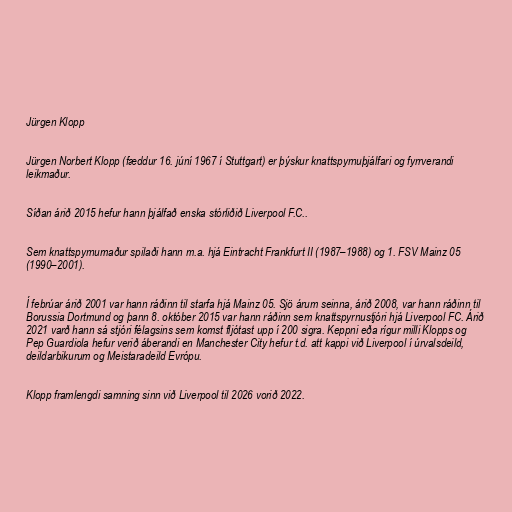
Jürgen Klopp

Jürgen Norbert Klopp (fæddur 16. júní 1967 í Stuttgart) er þýskur knattspyrnuþjálfari og fyrrverandi
leikmaður.

Síðan árið 2015 hefur hann þjálfað enska stórliðið Liverpool F.C..

Sem knattspyrnumaður spilaði hann m.a. hjá Eintracht Frankfurt II (1987–1988) og 1. FSV Mainz 05
(1990–2001).

Í febrúar árið 2001 var hann ráðinn til starfa hjá Mainz 05. Sjö árum seinna, árið 2008, var hann ráðinn til
Borussia Dortmund og þann 8. október 2015 var hann ráðinn sem knattspyrnustjóri hjá Liverpool FC. Árið
2021 varð hann sá stjóri félagsins sem komst fljótast upp í 200 sigra. Keppni eða rígur milli Klopps og
Pep Guardiola hefur verið áberandi en Manchester City hefur t.d. att kappi við Liverpool í úrvalsdeild,
deildarbikurum og Meistaradeild Evrópu.

Klopp framlengdi samning sinn við Liverpool til 2026 vorið 2022.